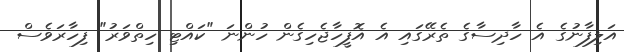
އަލިފާނުގެ އެ ހާދިސާގެ ތެރޭގައި އެ އޮފީހާޖެހިގެން ހުންނަ "ކައްޓި ހިތްވަރު" ފިހާރަވެސް